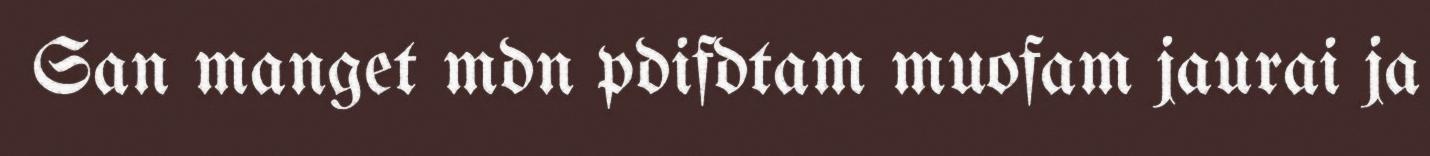
San manget mdn pdifdtam muofam jaurai ja